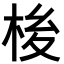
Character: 𪲏